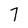
Character: 7